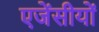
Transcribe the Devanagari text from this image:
एजेंसीयों